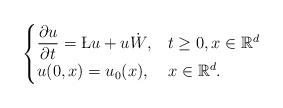
LaTeX: \begin{align*}\begin{cases}\displaystyle\frac{\partial u}{\partial t}=\L u+u\dot {W},& t\ge 0, x\in \mathbb R^d\\u(0,x)=u_0(x),& x\in\mathbb R^d.\end{cases}\end{align*}